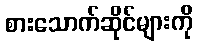
စားသောက်ဆိုင်များကို